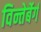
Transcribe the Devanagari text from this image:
विन्तेर्बेर्ग